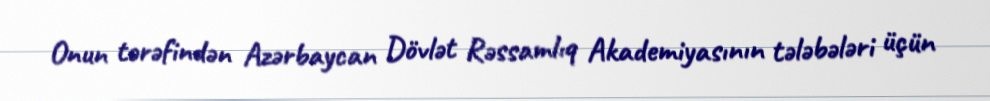
Onun tərəfindən Azərbaycan Dövlət Rəssamlıq Akademiyasının tələbələri üçün